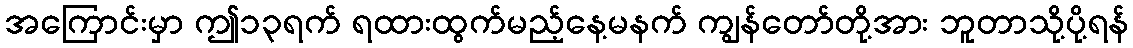
အကြောင်းမှာ ဤ၁၃ရက် ရထားထွက်မည့်နေ့မနက် ကျွန်တော်တို့အား ဘူတာသို့ပို့ရန်